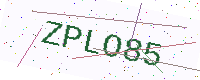
Text: ZPLO85